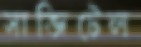
সাজিটেল